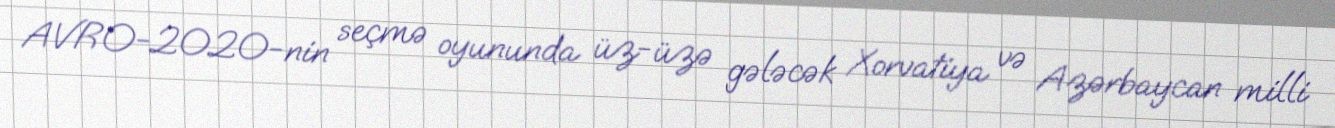
AVRO-2020-nin seçmə oyununda üz-üzə gələcək Xorvatiya və Azərbaycan milli